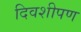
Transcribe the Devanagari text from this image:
दिवशीपण